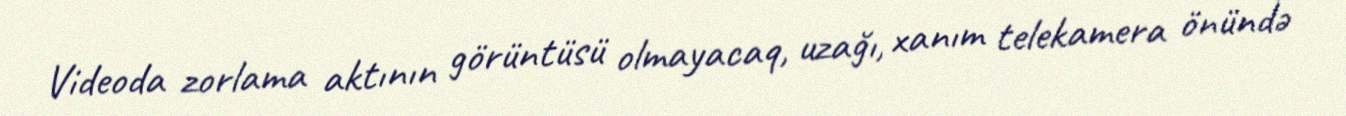
Videoda zorlama aktının görüntüsü olmayacaq, uzağı, xanım telekamera önündə